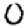
Digit: 0